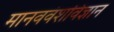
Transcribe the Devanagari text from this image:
मानववंशविज्ञान